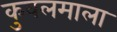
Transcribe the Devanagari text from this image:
कुवलमाला